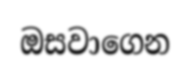
ඔසවාගෙන